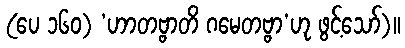
(ပေ ၁၆၀) ‘ဟာတဗ္ဗာတိ ဂမေတဗ္ဗာ’ဟု ဖွင့်သော်)။